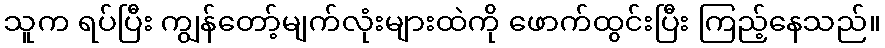
သူက ရပ်ပြီး ကျွန်တော့်မျက်လုံးများထဲကို ဖောက်ထွင်းပြီး ကြည့်နေသည်။